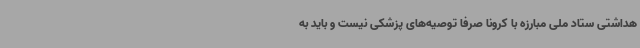
هداشتی ستاد ملی مبارزه با کرونا صرفا توصیه‌های پزشکی نیست و باید به